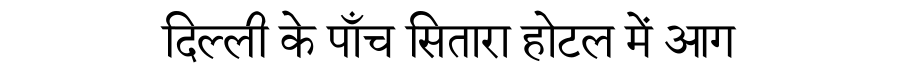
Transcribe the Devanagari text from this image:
दिल्ली के पाँच सितारा होटल में आग